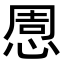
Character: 𢛇